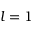
l = 1